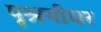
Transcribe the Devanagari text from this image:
पृश्रवीधर